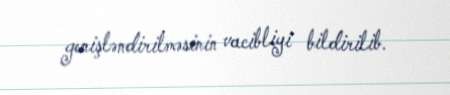
genişləndirilməsinin vacibliyi bildirilib.